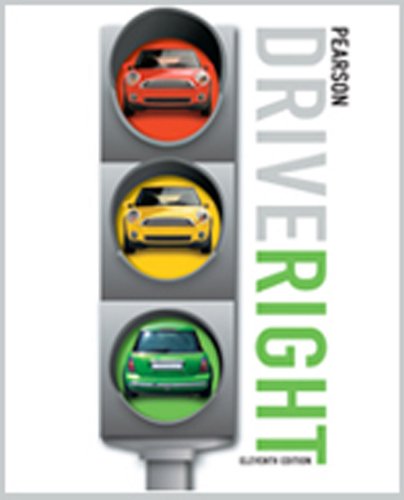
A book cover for PEARSON DRIVE RIGHT STUDENT EDITION ELEVENTH EDITION C2010; PRENTICE HALL; Teen & Young Adult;